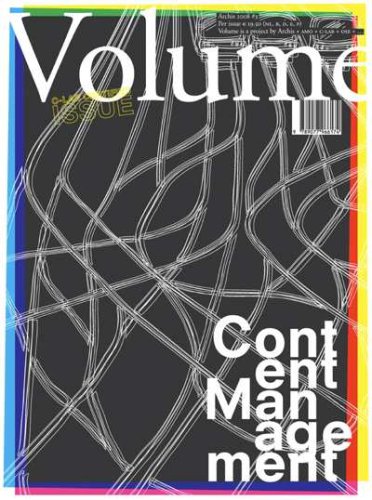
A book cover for Volume 17: Content Management (Vol 17); Arjen Oosterman; Computers & Technology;